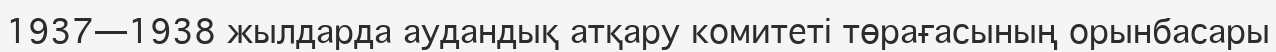
1937—1938 жылдарда аудандық атқару комитеті төрағасының орынбасары